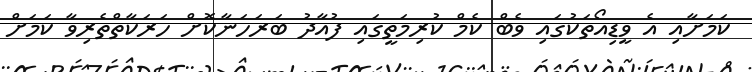
ކަމަށާއި އެ ވީޑިއޯތަކުގައި ވެބް ކެމް ކުރިމަތީގައި ފުއާދު ބަރަހަނާކޮށް ހަރަކާތްތެރިވާ ކަމަށް